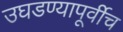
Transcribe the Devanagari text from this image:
उघडण्यापूर्वीच